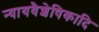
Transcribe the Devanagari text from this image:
न्यायवैशेषिकादि